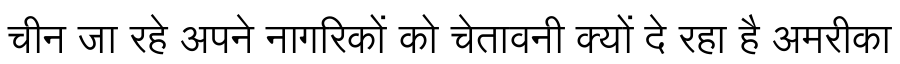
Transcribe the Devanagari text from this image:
चीन जा रहे अपने नागरिकों को चेतावनी क्यों दे रहा है अमरीका